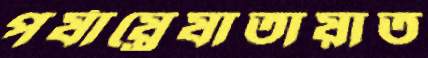
পর্যায়্রেযাতায়াত